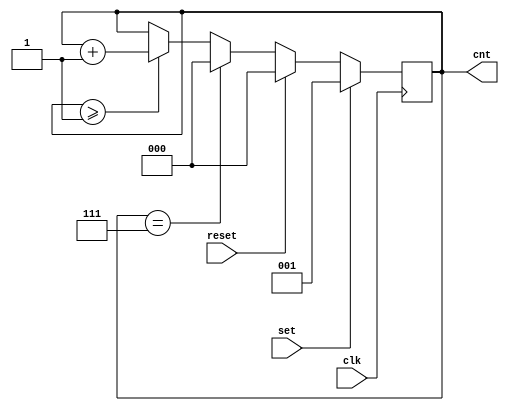
module cntnet_cnt(
    input clk, set, reset,
    output [2:0] cnt
);

reg [2:0] count = 0;


assign cnt = count;

always @(posedge clk) begin
    if (set) begin 
        count <= 3'b1;
    end else if (reset) begin
        count <= 3'b0;
    end else if (cnt == 3'd7) begin
        count <= 3'b0;
    end else if (count >= 3'd1) begin
        count <= count + 3'b1;
    end
end                   

endmodule